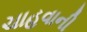
ચાહવાની